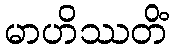
မာဟိဿတိံ